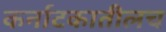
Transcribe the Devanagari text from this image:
कर्नाटकातीलच